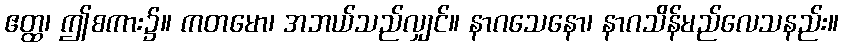
ဧတ္ထ၊ ဤစကား၌။ ကတမော၊ အဘယ်သည်လျှင်။ နာဂသေနော၊ နာဂသိန်မည်လေသနည်း။